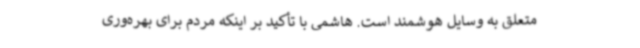
متعلق به وسایل هوشمند است. هاشمی با تأکید بر اینکه مردم برای بهره‌وری